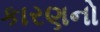
કારણનો